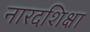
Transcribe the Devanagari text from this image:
नारदशिक्षा